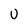
Character: U